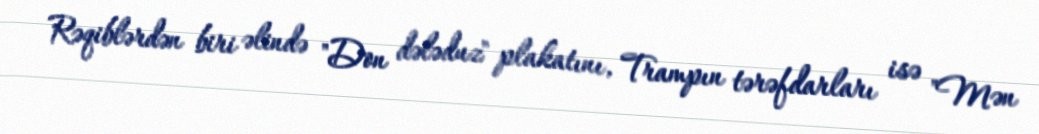
Rəqiblərdən biri əlində "Don dələduz" plakatını, Trampın tərəfdarları isə "Mən